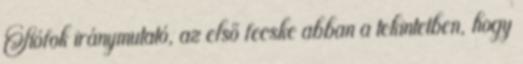
Siófok iránymutató, az első fecske abban a tekintetben, hogy